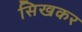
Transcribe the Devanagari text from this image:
सिखकर